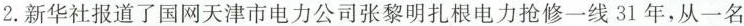
2.新华社报道了国网天津市电力公司张黎明扎根电力抢修一线31年，从一名